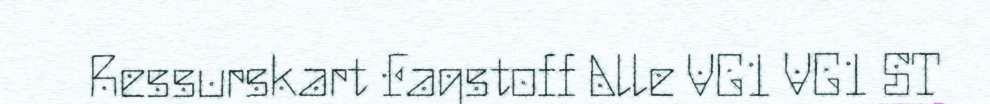
Ressurskart Fagstoff Alle VG1 VG1 ST